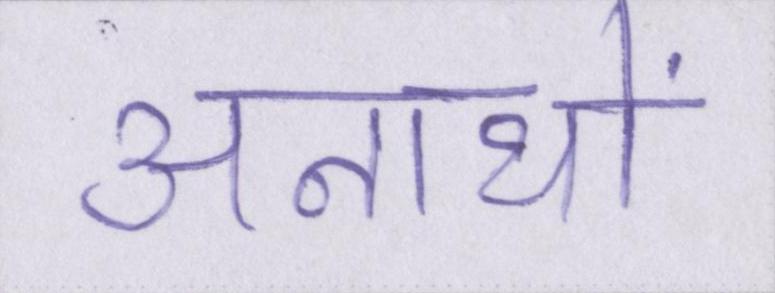
अनाथों